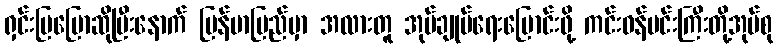
ရှင်းပြပြောဆိုပြီးနောက် မြန်မာပြည်မှာ အလားတူ အုပ်ချုပ်ရေးပြောင်းဖို့ ကင်းဝန်မင်းကြီးတို့အုပ်စု